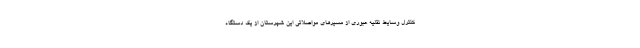
کنترل وسایط نقلیه عبوری از مسیرهای مواصلاتی این شهرستان از یک دستگاه